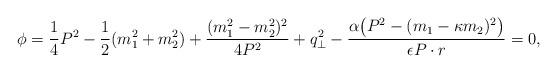
LaTeX: \begin{align*}\phi = \frac {1}{4}P^2 - \frac {1}{2}(m_{1}^2 + m_{2}^2) +\frac {(m_{1}^2 - m_{2}^2)^2}{4P^2} + q_\bot^2-\frac{\alpha \bigl(P^2 - (m_1 - \kappa m_2)^2\bigr)}{\epsilon P\cdot r} = 0,\end{align*}